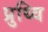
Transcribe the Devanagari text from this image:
प्रुथ्वि